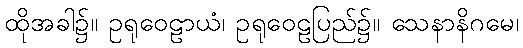
ထိုအခါ၌။ ဥရုဝေဠာယံ၊ ဥရုဝေဠပြည်၌။ သေနာနိဂမေ၊